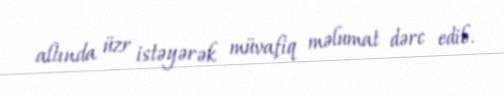
altında üzr istəyərək müvafiq məlumat dərc edib.